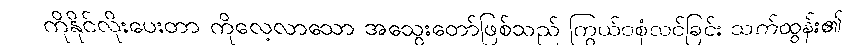
ကိုနိုင်လိုးပေးတာ ကိုလေ့လာသော အသွေးတော်ဖြစ်သည် ကြွယ်ဝစုံလင်ခြင်း သက်ထွန်း၏